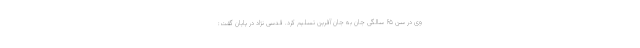
وی در سن ۶۵ سالگی جان به جان آفرین تسلیم کرد. قدسی نژاد در پایان گفت: